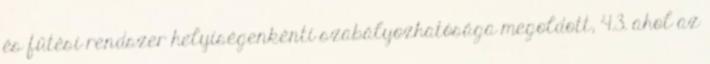
és fűtési rendszer helyiségenkénti szabályozhatósága megoldott, 4.3. ahol az